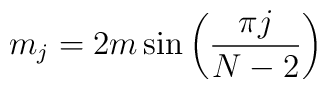
m_j = 2m\,{\sin\left(\frac{\pi j}{N-2}\right)}